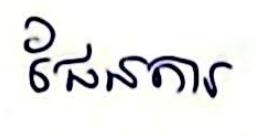
ផែនការ